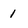
Character: 1